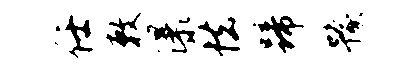
任敕瀑怯蹄豫